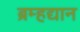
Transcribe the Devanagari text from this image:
ब्रम्हद्यान